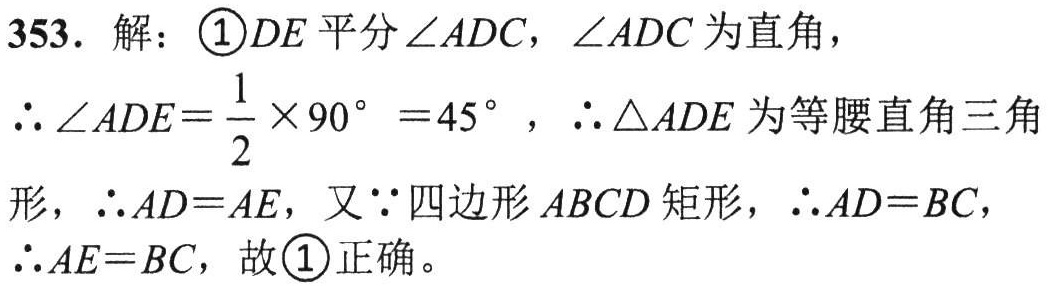
353. 解：\(\textcircled{1}DE\)平分\(\angle ADC\)，\(\angle ADC\)为直角，

\(\therefore \angle ADE = \frac{1}{2} \times 90^{\circ} = 45^{\circ}\)，\(\therefore \triangle ADE\)为等腰直角三角

形，\(\therefore AD = AE\)，又\(\because\)四边形\(ABCD\)矩形，\(\therefore AD = BC\)，

\(\therefore AE = BC\)，故\(\textcircled{1}\)正确。